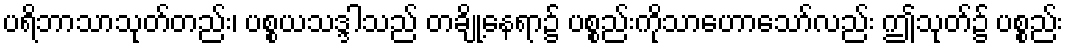
ပရိဘာသာသုတ်တည်း၊ ပစ္စယသဒ္ဒါသည် တချို့နေရာ၌ ပစ္စည်းကိုသာဟောသော်လည်း ဤသုတ်၌ ပစ္စည်း